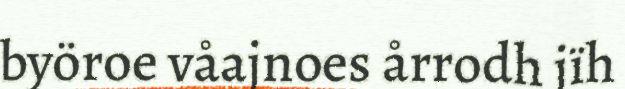
byöroe våajnoes årrodh jïh